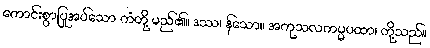
ကောင်းစွာပြုအပ်သော ကံတို့ မည်၏။ ဒဿ၊ န်သော။ အကုသလကမ္မပထာ၊ တို့သည်။